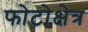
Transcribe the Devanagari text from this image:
फोटोक्षेत्र